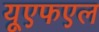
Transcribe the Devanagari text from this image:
यूएफएल